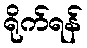
ရိုက်ရန်